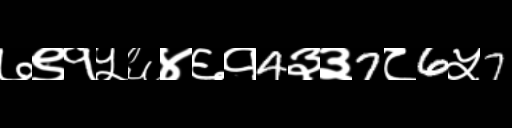
Text: ७९१५६४६१4३३7८6५7